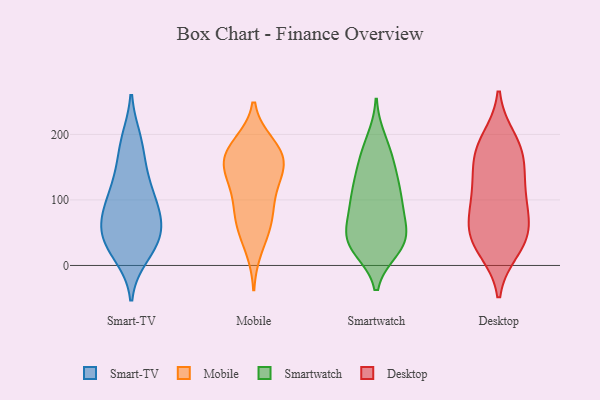
{"axis": {"x": "Budget (USD K)", "y": "Value"}, "legend": ["Desktop", "Mobile", "Smart-TV", "Smartwatch"], "data": [{"x": "", "y": 154, "type": "Smart-TV"}, {"x": "", "y": 66, "type": "Smart-TV"}, {"x": "", "y": 103, "type": "Smart-TV"}, {"x": "", "y": 192, "type": "Smart-TV"}, {"x": "", "y": 189, "type": "Smart-TV"}, {"x": "", "y": 77, "type": "Smart-TV"}, {"x": "", "y": 29, "type": "Smart-TV"}, {"x": "", "y": 113, "type": "Smart-TV"}, {"x": "", "y": 24, "type": "Smart-TV"}, {"x": "", "y": 46, "type": "Smart-TV"}, {"x": "", "y": 53, "type": "Smart-TV"}, {"x": "", "y": 74, "type": "Smart-TV"}, {"x": "", "y": 43, "type": "Smart-TV"}, {"x": "", "y": 97, "type": "Smart-TV"}, {"x": "", "y": 15, "type": "Smart-TV"}, {"x": "", "y": 136, "type": "Smart-TV"}, {"x": "", "y": 154, "type": "Mobile"}, {"x": "", "y": 157, "type": "Mobile"}, {"x": "", "y": 26, "type": "Mobile"}, {"x": "", "y": 150, "type": "Mobile"}, {"x": "", "y": 102, "type": "Mobile"}, {"x": "", "y": 128, "type": "Mobile"}, {"x": "", "y": 166, "type": "Mobile"}, {"x": "", "y": 185, "type": "Mobile"}, {"x": "", "y": 184, "type": "Mobile"}, {"x": "", "y": 114, "type": "Mobile"}, {"x": "", "y": 167, "type": "Mobile"}, {"x": "", "y": 69, "type": "Mobile"}, {"x": "", "y": 68, "type": "Mobile"}, {"x": "", "y": 62, "type": "Mobile"}, {"x": "", "y": 43, "type": "Smartwatch"}, {"x": "", "y": 74, "type": "Smartwatch"}, {"x": "", "y": 26, "type": "Smartwatch"}, {"x": "", "y": 163, "type": "Smartwatch"}, {"x": "", "y": 177, "type": "Smartwatch"}, {"x": "", "y": 147, "type": "Smartwatch"}, {"x": "", "y": 37, "type": "Smartwatch"}, {"x": "", "y": 97, "type": "Smartwatch"}, {"x": "", "y": 90, "type": "Smartwatch"}, {"x": "", "y": 64, "type": "Smartwatch"}, {"x": "", "y": 130, "type": "Smartwatch"}, {"x": "", "y": 108, "type": "Smartwatch"}, {"x": "", "y": 28, "type": "Smartwatch"}, {"x": "", "y": 40, "type": "Smartwatch"}, {"x": "", "y": 37, "type": "Smartwatch"}, {"x": "", "y": 191, "type": "Smartwatch"}, {"x": "", "y": 33, "type": "Smartwatch"}, {"x": "", "y": 128, "type": "Smartwatch"}, {"x": "", "y": 98, "type": "Smartwatch"}, {"x": "", "y": 172, "type": "Desktop"}, {"x": "", "y": 26, "type": "Desktop"}, {"x": "", "y": 163, "type": "Desktop"}, {"x": "", "y": 42, "type": "Desktop"}, {"x": "", "y": 82, "type": "Desktop"}, {"x": "", "y": 118, "type": "Desktop"}, {"x": "", "y": 63, "type": "Desktop"}, {"x": "", "y": 102, "type": "Desktop"}, {"x": "", "y": 49, "type": "Desktop"}, {"x": "", "y": 125, "type": "Desktop"}, {"x": "", "y": 176, "type": "Desktop"}, {"x": "", "y": 36, "type": "Desktop"}, {"x": "", "y": 191, "type": "Desktop"}]}